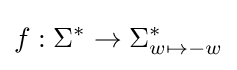
f:\Sigma ^{*}\to \Sigma _{w\mapsto {-w}}^{*}